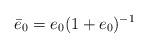
LaTeX: \begin{align*} \bar e_0=e_0 (1+e_0)^{-1}\end{align*}